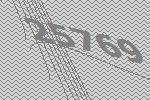
25769